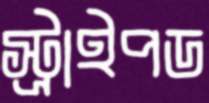
স্ট্রাইপড